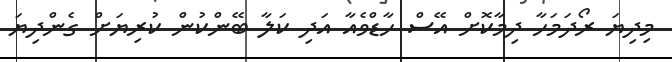
މިދިޔަ ރޯދަމަހާ ދިމާކޮށް އޭސް ހާޑްވެއާ އަދި ކަލާ ބޭންކުން ކުރިޔަށް ގެންދިޔަ